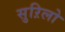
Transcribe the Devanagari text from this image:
सुऱिलो